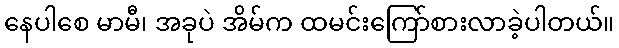
နေပါစေ မာမီ၊ အခုပဲ အိမ်က ထမင်းကြော်စားလာခဲ့ပါတယ်။